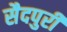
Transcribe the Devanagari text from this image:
सैदपुरी